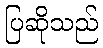
ပြဆိုသည်